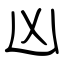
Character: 凶